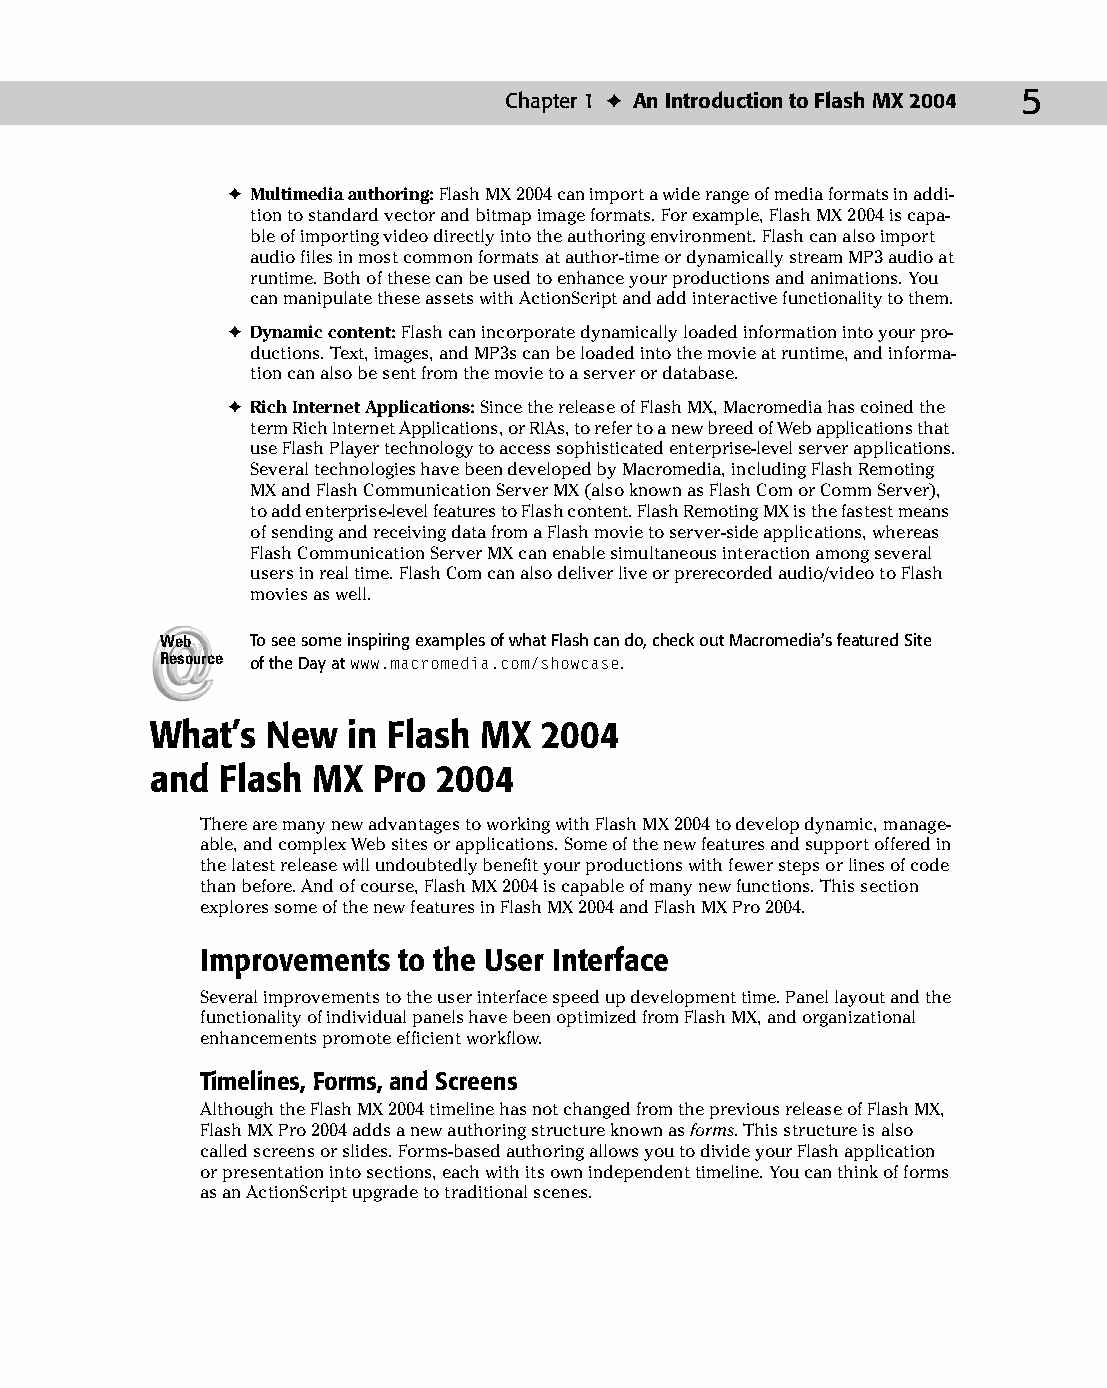
03 543547 ch01.qxd 3/24/04 3:50 PM Page 5
 Chapter 1 ✦ An Introduction to Flash MX 2004 5
 ✦ Multimedia authoring: Flash MX 2004 can import a wide range of media formats in addi­
 tion to standard vector and bitmap image formats. For example, Flash MX 2004 is capa­
 ble of importing video directly into the authoring environment. Flash can also import
 audio files in most common formats at author-time or dynamically stream MP3 audio at
 runtime. Both of these can be used to enhance your productions and animations. You
 can manipulate these assets with ActionScript and add interactive functionality to them.
 ✦ Dynamic content: Flash can incorporate dynamically loaded information into your pro­
 ductions. Text, images, and MP3s can be loaded into the movie at runtime, and informa­
 tion can also be sent from the movie to a server or database.
 ✦ Rich Internet Applications: Since the release of Flash MX, Macromedia has coined the
 term Rich Internet Applications, or RIAs, to refer to a new breed of Web applications that
 use Flash Player technology to access sophisticated enterprise-level server applications.
 Several technologies have been developed by Macromedia, including Flash Remoting
 MX and Flash Communication Server MX (also known as Flash Com or Comm Server),
 to add enterprise-level features to Flash content. Flash Remoting MX is the fastest means
 of sending and receiving data from a Flash movie to server-side applications, whereas
 Flash Communication Server MX can enable simultaneous interaction among several
 users in real time. Flash Com can also deliver live or prerecorded audio/video to Flash
 movies as well.
 Web   To see some inspiring examples of what Flash can do, check out Macromedia’s featured Site
 Resource of the Day at www.macromedia.com/showcase.
 What’s  New  in Flash MX  2004
 and  Flash MX  Pro 2004
 There are many new advantages to working with Flash MX 2004 to develop dynamic, manage­
 able, and complex Web sites or applications. Some of the new features and support offered in
 the latest release will undoubtedly benefit your productions with fewer steps or lines of code
 than before. And of course, Flash MX 2004 is capable of many new functions. This section
 explores some of the new features in Flash MX 2004 and Flash MX Pro 2004.
 Improvements to the User Interface
 Several improvements to the user interface speed up development time. Panel layout and the
 functionality of individual panels have been optimized from Flash MX, and organizational
 enhancements promote efficient workflow.
 Timelines, Forms, and Screens
 Although the Flash MX 2004 timeline has not changed from the previous release of Flash MX,
 Flash MX Pro 2004 adds a new authoring structure known as forms. This structure is also
 called screens or slides. Forms-based authoring allows you to divide your Flash application
 or presentation into sections, each with its own independent timeline. You can think of forms
 as an ActionScript upgrade to traditional scenes.